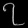
Digit: ၇